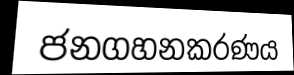
ජනගහනකරණය